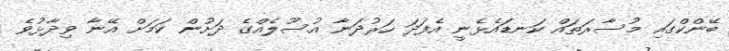
ބޭންކްގައި މުސާރަތައް ކަނޑައެޅެނީ އެފަދަ ހަރުދަނާ އުސޫލެއްގެ ދަށުން ކަމަށް އޭނާ ވިދާޅުވެ